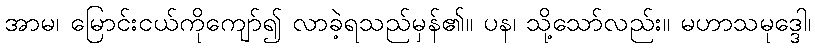
အာမ၊ မြောင်းငယ်ကိုကျော်၍ လာခဲ့ရသည်မှန်၏။ ပန၊ သို့သော်လည်း။ မဟာသမုဒ္ဒေါ၊